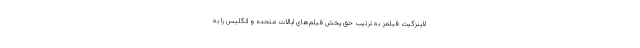
لاینزگیت فیلمز به ترتیب حق پخش فیلم‌های ایالات متحده و انگلیس را به